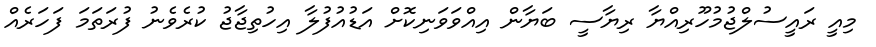
މިއީ ރައީސުލްޖުމުހޫރިއްޔާ ރިޔާސީ ބަޔާން އިއްވަވަނިކޮށް އަޑުއުފުލާ އިހުތިޖާޖު ކުރެވެނު ފުރަތަމަ ފަހަރެއް